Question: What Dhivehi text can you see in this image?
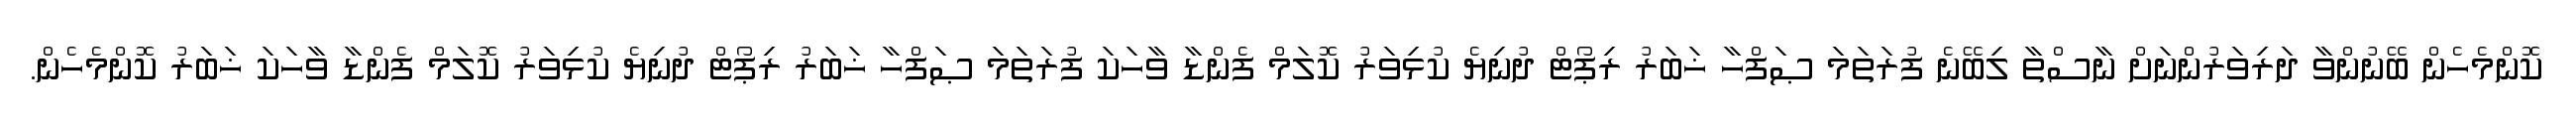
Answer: ކޮންމެހެން ބޭނުންވާ ދަރިވަރުންނަށް ނާސްތާ ލިބޭނެ ފުރަތަމަ ޞަފްހާ ޚަބަރު ރިޕޯޓް ދުނިޔެ ކުޅިވަރު ކޮލަމް ފެންޑާ ވާހަކަ ފުރަތަމަ ޞަފްހާ ޚަބަރު ރިޕޯޓް ދުނިޔެ ކުޅިވަރު ކޮލަމް ފެންޑާ ވާހަކަ ޚަބަރު ކޮންމެހެން.